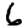
Digit: 6